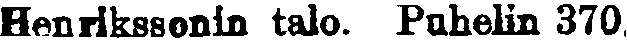
Henrikssonin talo. Puhelin 370